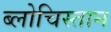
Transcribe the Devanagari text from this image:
ब्लोचिस्तान